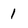
Character: 1